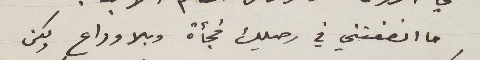
ما انصفتني في رحيلك فجأة وبلا وداع ولكن